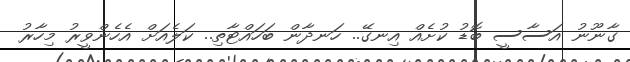
ގާނޫނު އަސާސީ ބޮޑު ކުށެއް އިނގޭ.. ހަނދާން ބަހައްޓާތި.. ކަލެއަށް އެހެންވީރު މިހާރު